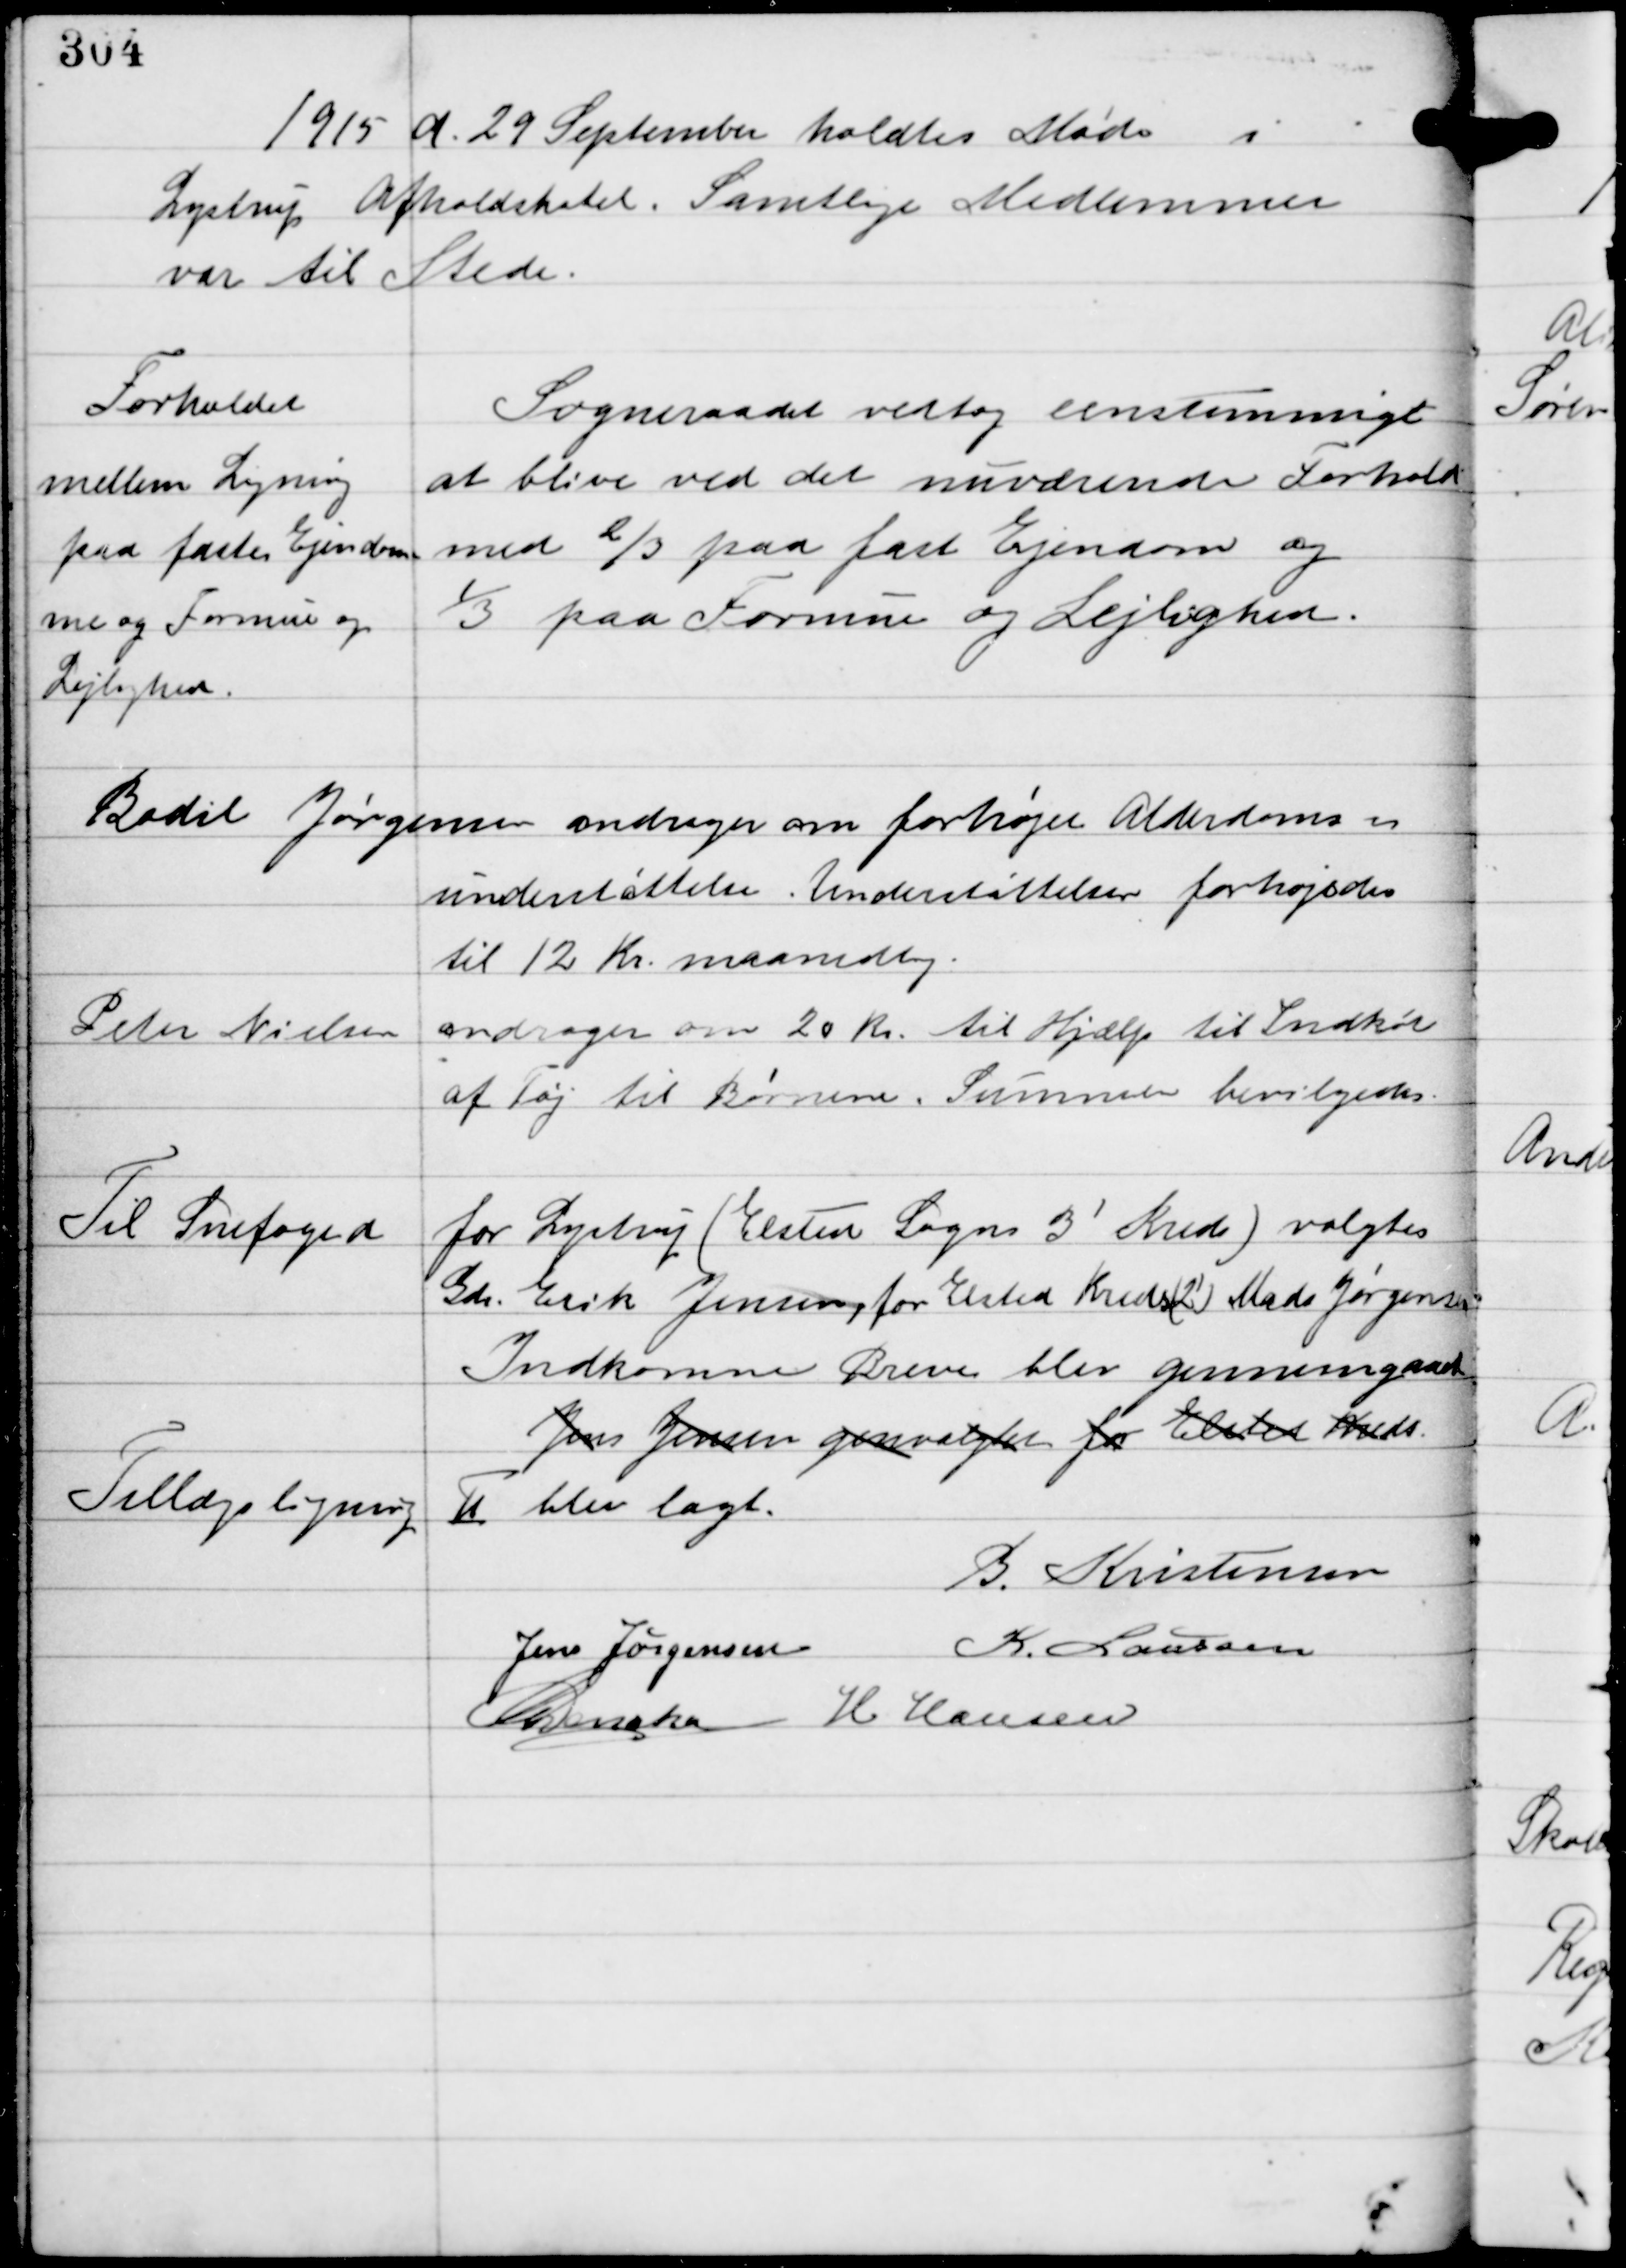
Transskription:
1915 d. 29 september holdtes Møde i
Lystrup Afholdshotel. Samtlige Medlemmer
var til Stede.

Forholdet
mellem Ligning
paa faste Ejendom-
me og Formue og
Lejlighed.

Sogneraadet vedtog enstemmigt
at blive ved det nuværende Forhold
med 2/3 paa fast Ejendom og
1/3 paa Formue og Lejlighed.

Bodil Jørgensen andrager om forhøjet Alderdoms-
understøttelse. Understøttelsen forhøjedes
til 12 Kr maanedlig.

Peter Nielsen andrager om 20 Kr til Hjælp til Indkøb
af Tøj til Børnene. Summen bevilgedes.

Til Snefoged
for Lystrup (Elsted Sogns 3' Kreds) valgtes
Gdr Erik Jensen for Elsted Kreds (2') Mads Jørgensen
Indkomne Breve blev gennemgaaede
Jens Jensen genvalgtes for Elsted Kreds
Tillægsligning Ⅱ blev lagt.

B. Kristensen
Jens Jørgensen K . Laursen
C Dencker H Hansen